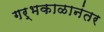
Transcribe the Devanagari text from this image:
गर्भकाळानंतर